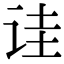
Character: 诖